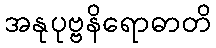
အနုပုဗ္ဗနိရောဓာတိ